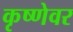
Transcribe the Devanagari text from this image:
कृष्णेवर